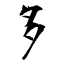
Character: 多